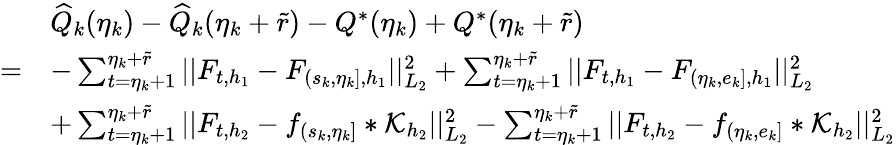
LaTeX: \begin{array}{rl}&{\widehat{Q}_{k}(\eta_{k})-\widehat{Q}_{k}(\eta_{k}+\widetilde{r})-Q^{*}(\eta_{k})+Q^{*}(\eta_{k}+\widetilde{r})}\\ {=}&{-\sum_{t=\eta_{k}+1}^{\eta_{k}+\widetilde{r}}\vert\vert F_{t,{h_{1}}}-F_{(s_{k},\eta_{k}],{h_{1}}}\vert\vert_{L_{2}}^{2}+\sum_{t=\eta_{k}+1}^{\eta_{k}+\widetilde{r}}\vert\vert F_{t,{h_{1}}}-F_{(\eta_{k},e_{k}],{h_{1}}}\vert\vert_{L_{2}}^{2}}\\ &{+\sum_{t=\eta_{k}+1}^{\eta_{k}+\widetilde{r}}\vert\vert F_{t,{h_{2}}}-f_{(s_{k},\eta_{k}]}\ast\mathcal{K}_{{h_{2}}}\vert\vert_{L_{2}}^{2}-\sum_{t=\eta_{k}+1}^{\eta_{k}+\widetilde{r}}\vert\vert F_{t,{h_{2}}}-f_{(\eta_{k},e_{k}]}\ast\mathcal{K}_{h_{2}}\vert\vert_{L_{2}}^{2}}\end{array}